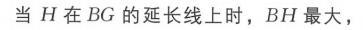
当$H$在$BG$的延长线上时，$BH$最大，